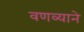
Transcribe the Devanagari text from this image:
वणव्याने